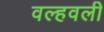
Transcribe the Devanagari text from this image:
वल्हवली